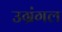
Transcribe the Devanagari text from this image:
उग्रंंगल